Annual returns of the Patna Lunatic Asylum at Bankipore in Bihar and Orissa - 1912-1924
Year: 1912
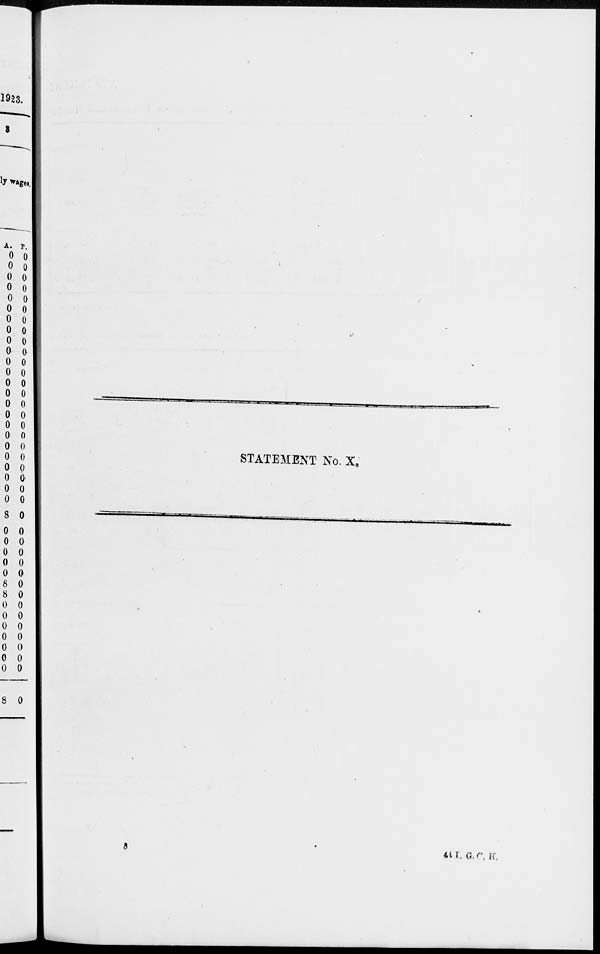
STATEMENT No. X.
44 I. G. C. K.
8